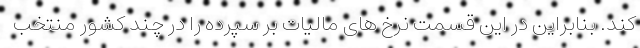
کند. بنابراین در این قسمت نرخ های مالیات بر سپرده را در چند کشور منتخب